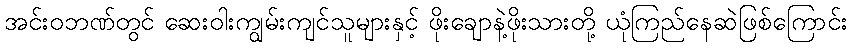
အင်းဝဘဏ်တွင် ဆေးဝါးကျွမ်းကျင်သူများနှင့် ဖိုးချောနဲ့ဖိုးသားတို့ ယုံကြည်နေဆဲဖြစ်ကြောင်း